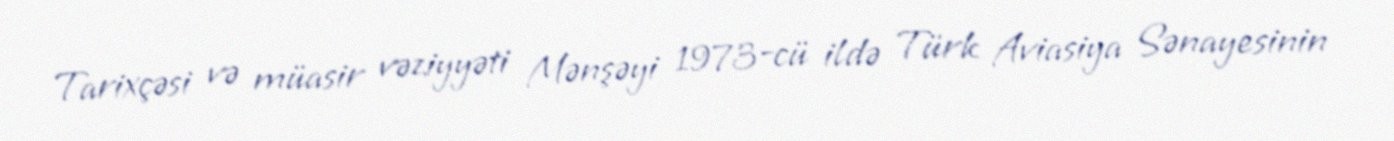
Tarixçəsi və müasir vəziyyəti Mənşəyi 1973-cü ildə Türk Aviasiya Sənayesinin